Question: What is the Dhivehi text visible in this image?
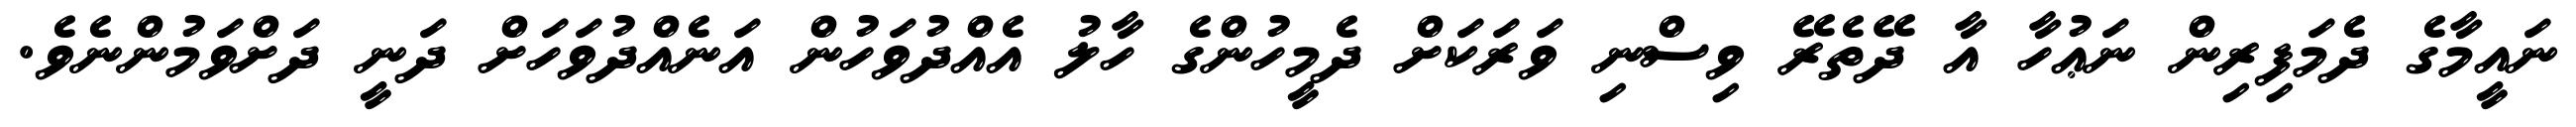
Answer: ނައީމާގެ ދެމަފިރިން ނަޢުހާ އާ ދޭތެރޭ ވިސްނި ވަރަކަށް ދެމީހުންގެ ހާލު އެއްދުވަހުން އަނެއްދުވަހަށް ދަނީ ދަށްވަމުންނެވެ.